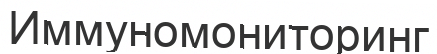
Иммуномониторинг